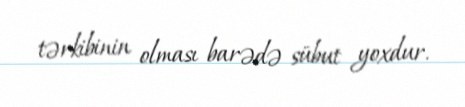
tərkibinin olması barədə sübut yoxdur.